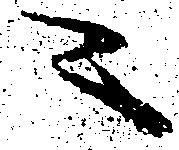
ニ